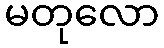
မတုလော